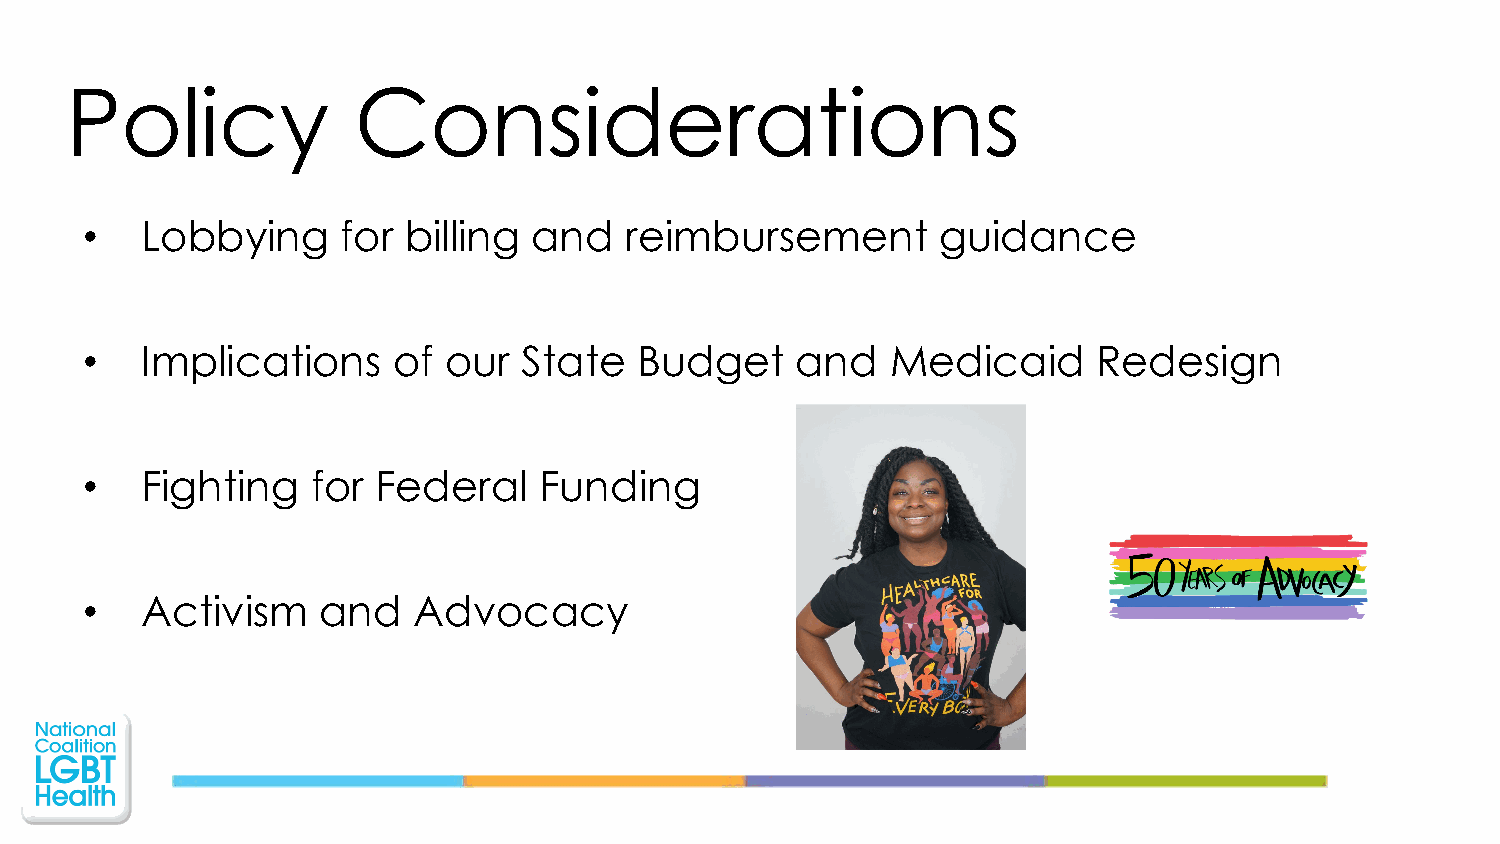
Policy             Considerations
 •   Lobbying      for billing and   reimbursement        guidance
 •   Implications     of our   State  Budget     and   Medicaid      Redesign
 •   Fighting    for Federal    Funding
 •   Activism    and   Advocacy